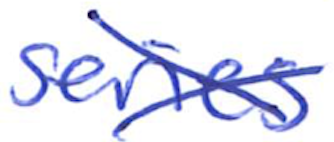
Text: series
Cross-out: cross
Writing tool: ballpoint